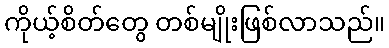
ကိုယ့်စိတ်တွေ တစ်မျိုးဖြစ်လာသည်။